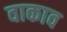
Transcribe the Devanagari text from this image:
वाकाव